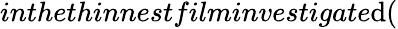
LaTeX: inthethinnestfilminvestigate\mathrm{d}(